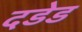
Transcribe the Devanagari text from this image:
दडेड